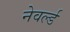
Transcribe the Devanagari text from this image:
नेवर्ल्ड